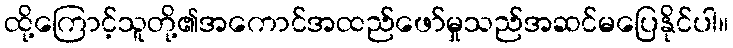
ထို့ကြောင့်သူတို့၏အကောင်အထည်ဖော်မှုသည်အဆင်မပြေနိုင်ပါ။